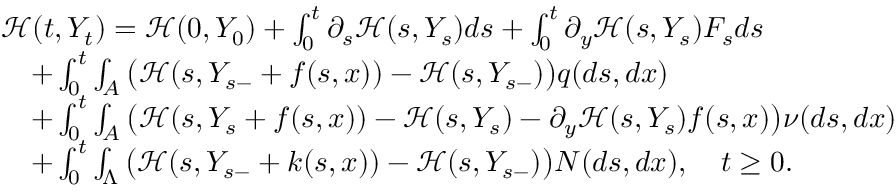
\begin{array} { r l } & { { \mathcal H } ( t , Y _ { t } ) = { \mathcal H } ( 0 , Y _ { 0 } ) + \int _ { 0 } ^ { t } \partial _ { s } { \mathcal H } ( s , Y _ { s } ) d s + \int _ { 0 } ^ { t } \partial _ { y } { \mathcal H } ( s , Y _ { s } ) F _ { s } d s } \\ & { \quad + \int _ { 0 } ^ { t } \int _ { A } \big ( { \mathcal H } ( s , Y _ { s - } + f ( s , x ) ) - { \mathcal H } ( s , Y _ { s - } ) \big ) q ( d s , d x ) } \\ & { \quad + \int _ { 0 } ^ { t } \int _ { A } \big ( { \mathcal H } ( s , Y _ { s } + f ( s , x ) ) - { \mathcal H } ( s , Y _ { s } ) - \partial _ { y } { \mathcal H } ( s , Y _ { s } ) f ( s , x ) \big ) \nu ( d s , d x ) } \\ & { \quad + \int _ { 0 } ^ { t } \int _ { \Lambda } \big ( { \mathcal H } ( s , Y _ { s - } + k ( s , x ) ) - { \mathcal H } ( s , Y _ { s - } ) \big ) N ( d s , d x ) , \quad t \geq 0 . } \end{array}